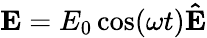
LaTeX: \mathbf{E}=E_{0}\cos(\omega t)\mathbf{\hat{E}}